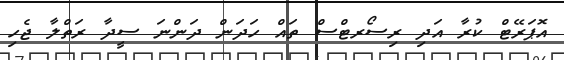
އޮޕަރޭޓް ކުރާ އަދި ރިސޯރޓްސް ތައް ހަދަން ދަންނަ ސީދާ ރަތްލާ ޖެހި